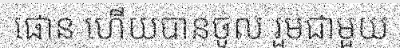
ផោន ហើយបានចូល រួមជាមួយ